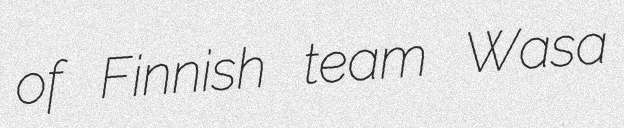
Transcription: of Finnish team Wasa